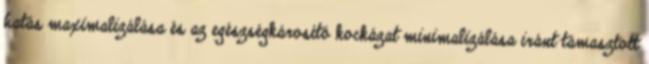
hatás maximalizálása és az egészségkárosító kockázat minimalizálása iránt támasztott